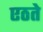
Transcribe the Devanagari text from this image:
एठते